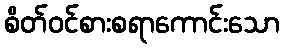
စိတ်ဝင်စားစရာကောင်းသော